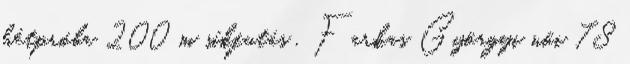
hétpróba 200 m síkfutás , Farkas Györgyi női 78